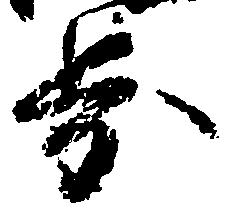
歩